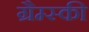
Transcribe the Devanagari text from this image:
ग्रैम्स्की